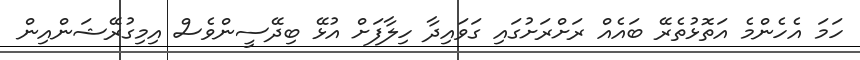
ހަމަ އެހެންމެ އަތޮޅުތެރޭ ބައެއް ރަށްރަށުގައި ގަވައިދާ ހިލާފަށް އުޅޭ ބިދޭސީންވެސް އިމިގުރޭޝަންއިން